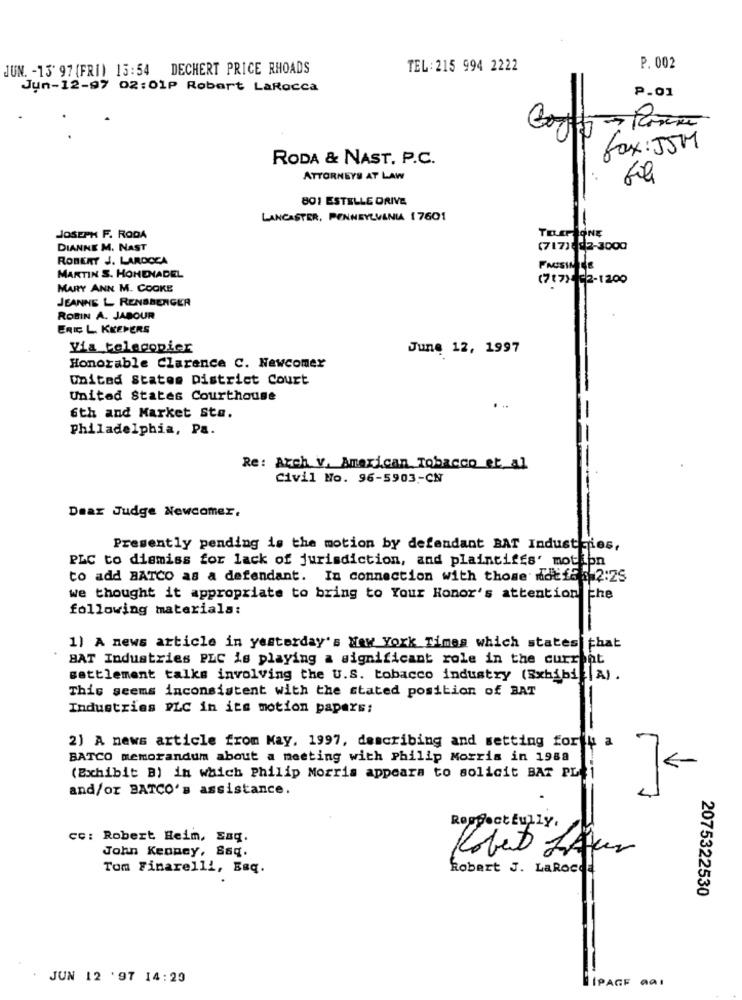
JUN. - 13' 97 (FRI) 13:54 DECHERT PRICE RHOADS
TEL:215 994 2222
P. 002
Jun-12-97 02:01P Robert LaRocca
P.01
fax:55M
RODA & NAST. P.C.
ATTORNEYS AT LAW
801 ESTELLE DRIVE
LANCASTER, PENNSYLVANIA 17601
JOSEPH F. RODA
TELEPHONE
DIANNE M. NAST
(717) 82-3000
ROBERT J. LAROCCA
MARTIN S. HOHENADEL
(717) -2-1200
MARY ANN M. COOKE
JEANNE L RENSBENGER
ROBIN A. JABOUR
ERIC L. KEEPERS
Via tolecopier
June 12, 1997
Honorable Clarence C. Newcomer
United States District Court
United States Courthouse
6th and Market Sto.
Philadelphia, Pa.
Re: Arch v, American Tobacco et al
Civil No. 96-5903 ,- CN
Dear Judge Newcomer.
Presently pending is the motion by defendant BAT Industries,
PLC to dismiss for lack of jurisdiction, and plaintiffs' motion
to add BATCO as a defendant. In connection with those def5 : 2:25
we thought it appropriate to bring to Your Honor's attention che
following materiala:
1) A news article in yesterday's New York Times which states that
BAT Industries PLC is playing a significant role in the current
settlement talks involving the U.S. tobacco industry (Exhibi |A) .
This seems inconsistent with the stated position of BAT
Industries PLC in its motion papers:
2) A news article from May, 1997, describing and setting forty a
BATCO memorandum about a meeting with Philip Morris in 1988
(Exhibit B) in which Philip Morris appears to solicit BAT PL
and/or BATCO's assistance.
Respectfully.
cc: Robert Heim, Saq.
John Kenney, Saq.
Robert LAur
Tom Finarelli, Esq.
Robert J. LaRocca
2075322530
JUN 12 '97 14:20
IPAGE MAI